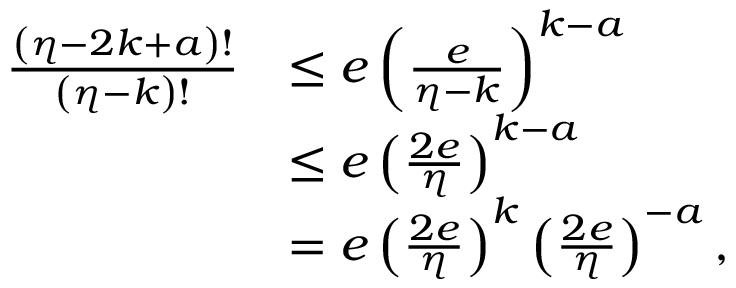
\begin{array} { r l } { \frac { \left( \eta - 2 k + a \right) ! } { \left( \eta - k \right) ! } } & { \leq e \left( \frac { e } { \eta - k } \right) ^ { k - a } } \\ & { \leq e \left( \frac { 2 e } { \eta } \right) ^ { k - a } } \\ & { = e \left( \frac { 2 e } { \eta } \right) ^ { k } \left( \frac { 2 e } { \eta } \right) ^ { - a } , } \end{array}